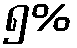
၅%